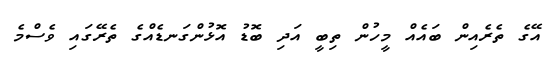
އޭގެ ތެރެއިން ބައެއް މީހުން ތިބީ އަދި ބޮޑު އޮޅުންގަނޑެއްގެ ތެރޭގައި ވެސްމެ